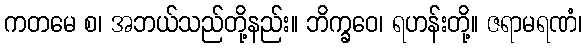
ကတမေ စ၊ အဘယ်သည်တို့နည်း။ ဘိက္ခဝေ၊ ရဟန်းတို့။ ဇရာမရဏံ၊